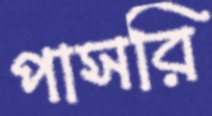
পাসরি